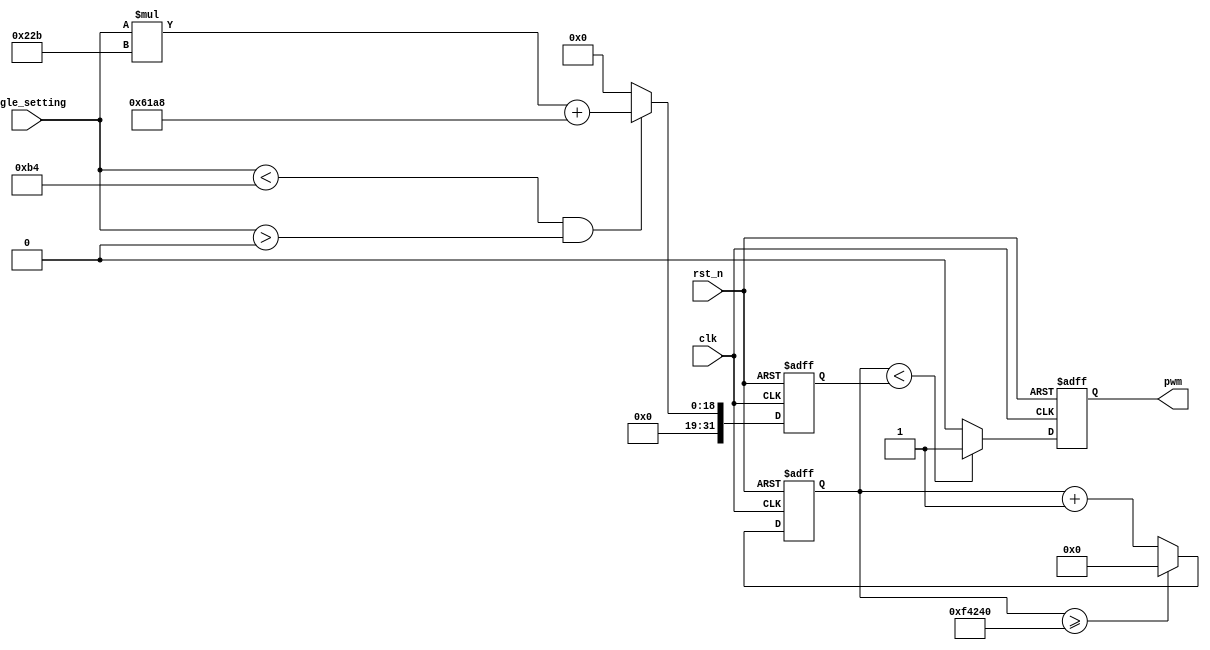
module engine_driver(
								clk, //50MHz
								rst_n, //
								angle_setting,	//
								pwm	//PWM
						   ); 
	
	input clk;
	input rst_n;
	input [7:0] angle_setting;
	output pwm;
	
	wire clk;
	wire rst_n;
	wire [7:0] angle_setting; //1011 0100 180
	
	reg pwm; 
	reg	[31:0]	cnt_r;	
	reg	[31:0]	cnt;	
	
	parameter      s=1000_000,//
						s0=125_000,//180
						s1=100_000,//135
						s2=75_000,//90
						s3=50_000,//45
						s4=25_000;//0
					
	
	//
	always@(posedge clk or negedge rst_n)begin
		if(!rst_n)
			cnt_r <= s4;
		else if(angle_setting < 8'd180 && angle_setting > 8'd0)
			cnt_r <= angle_setting*555 + 25000;
		else
			cnt_r <= 0;
	end

	//PWM
	always@(posedge clk or negedge rst_n)begin
		if(!rst_n)
			pwm <= 1'b0;
		else if(cnt < cnt_r)
			pwm <= 1'b1;
		else
			pwm <= 1'b0;
	end
	
	//PWM
	always@(posedge clk or negedge rst_n)begin
		if(!rst_n)
			cnt <= 31'd0;
		else if(cnt >= s)
			cnt <= 31'd0;
		else
			cnt <= cnt + 1'b1;
	end
			
endmodule